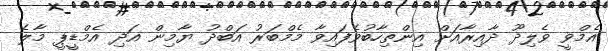
އެމްވީ ވެލިދޫ ދާއިރާއަށް އިންތިހާބުވެފައިވާ މެމްބަރު އަބްދު ޔާމިން އަދި އެމްޑީޕީ މާލެ